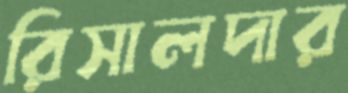
রিসালদার